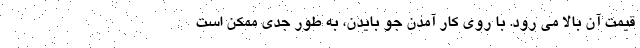
قیمت آن بالا می رود. با روی کار آمدن جو بایدن، به طور جدی ممکن است